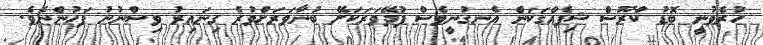
ހުރެވުނީ ބޮޑު ކްރޫސް ޝިޕެއްގަކަން އެނގުނީވެސް ފުދޭވަރަކަށޭ ބުނާވަރަށްވުރެ ގިނައިރު ވިސްނުނު ފަހުންނެވެ.